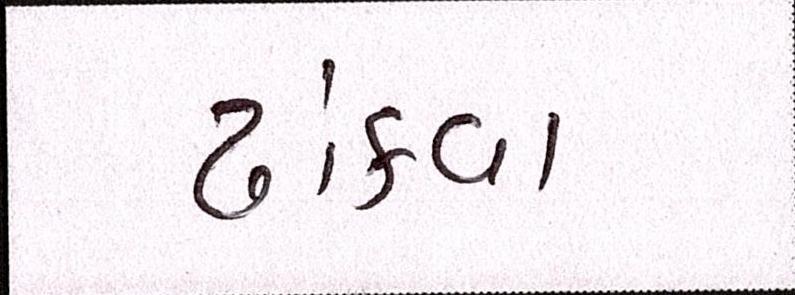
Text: ઢાંકવા